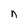
Character: n